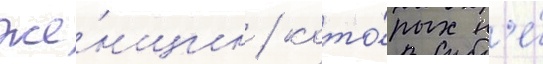
же́нщин / кото́рых н'е́